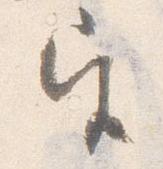
宮